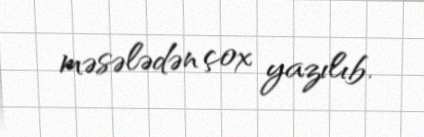
məsələdən çox yazılıb.